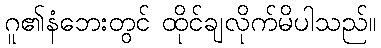
ဂူ၏နံဘေးတွင် ထိုင်ချလိုက်မိပါသည်။